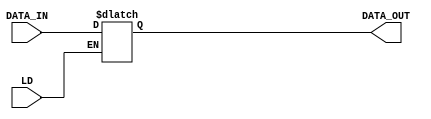

module register_16(LD, DATA_IN, DATA_OUT);
    input         LD;
    input [15:0]  DATA_IN;
    output [15:0] DATA_OUT;
    
    reg [15:0]    DATA_OUT;

    always @(LD or DATA_IN)   
    begin: load
        if (LD == 1'b1)
            DATA_OUT <= DATA_IN;
        else 
            DATA_OUT <= DATA_OUT;
    end
   
endmodule

module register_16_tb;
    reg         LD;
    reg  [15:0] DATA_IN;
    wire [15:0] DATA_OUT;  

    register_16 U_register_16(LD, DATA_IN, DATA_OUT);

    initial begin
        $monitor("LD =%h, DATA_IN =%h,DATA_OUT =%h",LD,DATA_IN,DATA_OUT);
        #10 LD = 1; 
        #10 DATA_IN = 16'h1234;
        #10 LD = 0; 
        #10 DATA_IN = 16'h0000;
        #10 LD = 0;
        #10 DATA_IN = 16'h1111;
        #10 LD = 1;
    end
   
endmodule